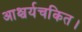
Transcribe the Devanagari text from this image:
आश्चर्यचकित।